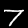
Label: 7